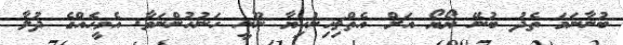
ބުނާނަމަ ތެދު ބުނޭ ޔޯޔޯ އަށް އެތްޗިހިނުކިޔާ ނޫނީ ހަނުހުންނަވާ. އެމީހެއްގެ ދުލާ